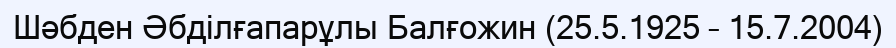
Шәбден Әбділғапарұлы Балғожин (25.5.1925 – 15.7.2004)